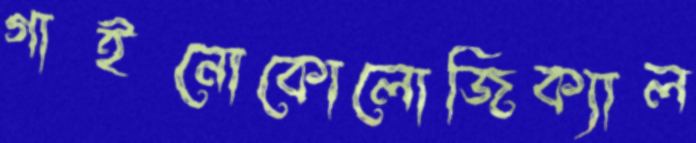
গাইনোকোলোজিক্যাল